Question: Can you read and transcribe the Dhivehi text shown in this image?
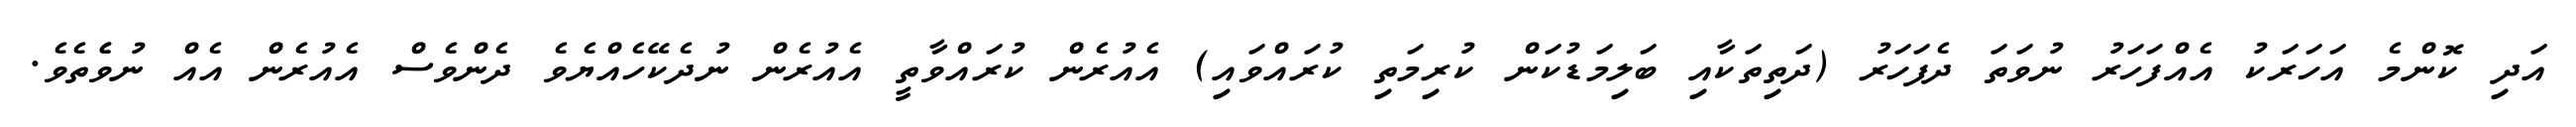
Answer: އަދި ކޮންމެ އަހަރަކު އެއްފަހަރު ނުވަތަ ދެފަހަރު (ދަތިތަކާއި ބަލިމަޑުކަން ކުރިމަތި ކުރައްވައި) އެއުރެން ކުރައްވާތީ އެއުރެން ނުދެކޭހެއްޔެވެ ދެންވެސް އެއުރެން އެއް ނުވެެތެވެ.